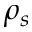
\rho _ { s }